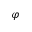
\varphi